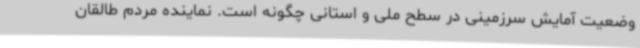
وضعیت آمایش سرزمینی در سطح ملی و استانی چگونه است. نماینده مردم طالقان